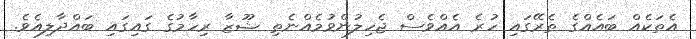
އެތަކެއް ބައެއްގެ ތެރޭގައި ހުރެ އެއްވެސް ޖެހިލުންވުމެއްނެތި ޝޫޒާ ރިހާމުގެ ގައިގައި ބައްދާލިއެވެ.